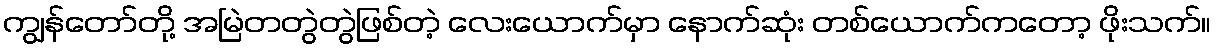
ကျွန်တော်တို့ အမြဲတတွဲတွဲဖြစ်တဲ့ လေးယောက်မှာ နောက်ဆုံး တစ်ယောက်ကတော့ ဖိုးသက်။